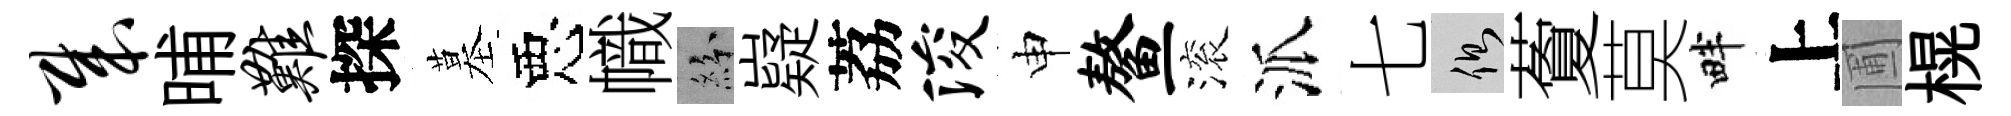
哉晡难探墓惡幟紛嶷荔浚申鳌滚派七側藑莫畔上圃榥